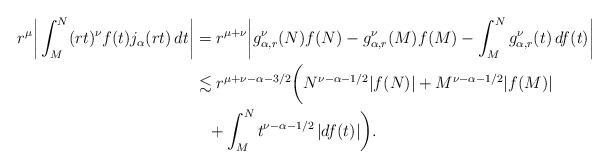
LaTeX: \begin{align*}r^{\mu}\bigg|\int_M^N (rt)^\nu f(t) j_\alpha(rt)\, dt\bigg|&=r^{\mu+\nu} \bigg| g_{\alpha,r}^\nu(N) f(N)- g_{\alpha,r}^\nu(M)f(M) -\int_M^N g_{\alpha,r}^\nu(t)\, df(t)\bigg| \\ &\lesssim r^{\mu+\nu-\alpha-3/2}\bigg( N^{\nu-\alpha-1/2}|f(N)|+M^{\nu-\alpha-1/2}|f(M)| \\ &\phantom{=}+ \int_M^N t^{\nu-\alpha-1/2}\, |df(t)|\bigg).\end{align*}